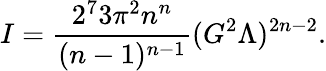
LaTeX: I=\frac{2^{7}3\pi^{2}n^{n}}{(n-1)^{n-1}}(G^{2}\Lambda)^{2n-2}.